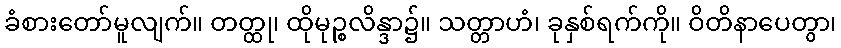
ခံစားတော်မူလျက်။ တတ္ထု၊ ထိုမုဉ္စလိန္ဒာ၌။ သတ္တာဟံ၊ ခုနှစ်ရက်ကို။ ဝိတိနာပေတွာ၊